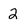
Character: 2